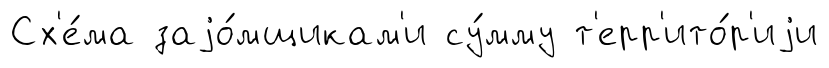
Сх'е́ма заjо́мщикам'и су́мму т'ерр'ито́р'иjи